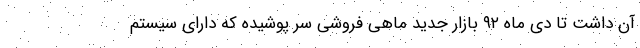
آن داشت تا دی ماه ۹۲ بازار جدید ماهی فروشی سر پوشیده که دارای سیستم